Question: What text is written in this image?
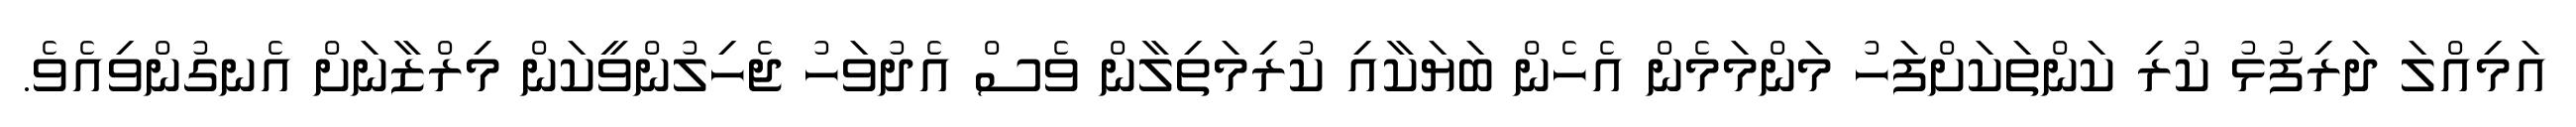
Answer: އަމިއްލަ ދަރިފުޅު ކުރި ކަންތަކަށްފަހު މަންމަމެން އެހެން ބަޔަކާއި ކުރިމަތިލާން ވެސް އެދުވަހު ޖެހިލުންވީކަން މިރްޒާނަށް އެނގުންވިއެވެ.